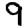
Digit: 9